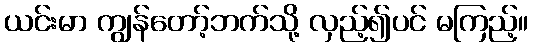
ယင်းမာ ကျွန်တော့်ဘက်သို့ လှည့်၍ပင် မကြည့်။